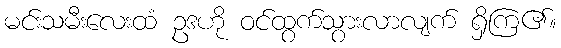
မင်းသမီးလေးထံ ဥဒဟို ဝင်ထွက်သွားလာလျက် ရှိကြ၏။